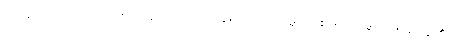
ဥပဋ္ဌာကော၊ အလုပ်အကျွေးတော်ရဟန်းသည်။ သမ္ဘဝေါနာမ၊ သမ္ဘဝအမည်ရှိ၏။